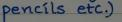
pencils etc.)